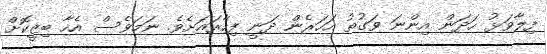
ފިލާވަޅު ހަދަން އިންނަ ވަގުތު އަހަރެން ދަނީ ފިހާރައަށެވެ. ނަމަވެސް އެހާ ބިޒީކޮށް